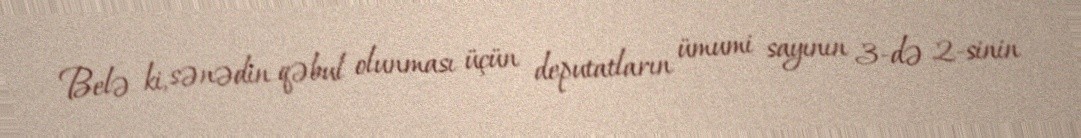
Belə ki, sənədin qəbul olunması üçün deputatların ümumi sayının 3-də 2-sinin